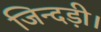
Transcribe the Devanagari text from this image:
जिन्दड़ी।